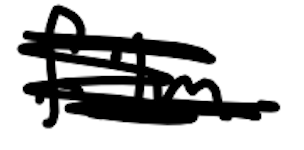
Text: film
Cross-out: mix
Writing tool: digital_black